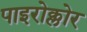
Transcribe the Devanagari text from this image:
पाइरोक्लोर